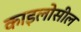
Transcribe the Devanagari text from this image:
काइलोसील